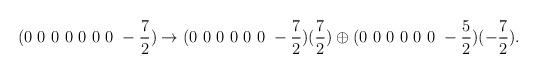
LaTeX: \begin{align*}(0~0~0~0~0~0~0~-\frac{7}{2}) \rightarrow (0~0~0~0~0~0~-\frac{7}{2})(\frac{7}{2})\oplus(0~0~0~0~0~0~-\frac{5}{2})(-\frac{7}{2}).\end{align*}